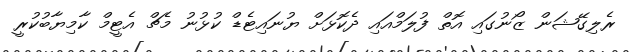
ރެލިގޭޝަން ޒޯނުގައި އޮތް ފުލަމްއައި ދެކޮޅަށް ޔުނައިޓެޑް ކުޅުނު މެޗް އެޓީމް ކާމިޔާބުކުރީ